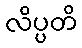
လိပ္ပတိ